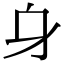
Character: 𨈐